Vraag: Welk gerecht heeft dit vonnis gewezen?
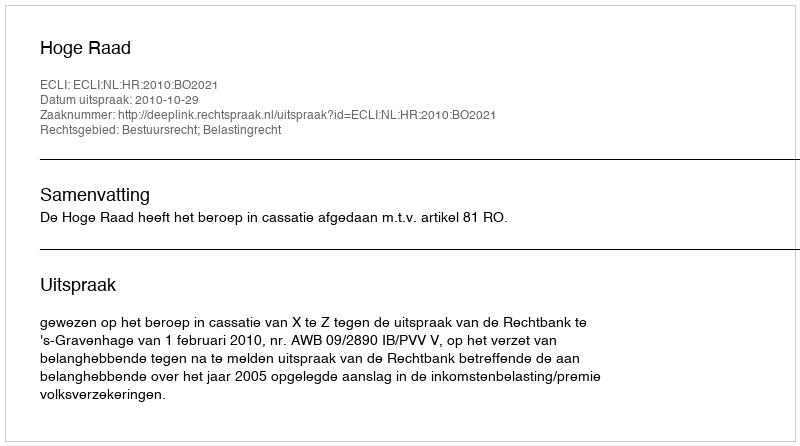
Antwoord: Hoge Raad